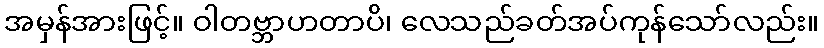
အမှန်အားဖြင့်။ ဝါတဗ္ဘာဟတာပိ၊ လေသည်ခတ်အပ်ကုန်သော်လည်း။